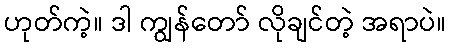
ဟုတ်ကဲ့။ ဒါ ကျွန်တော် လိုချင်တဲ့ အရာပဲ။